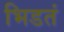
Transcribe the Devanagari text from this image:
भिडतं